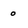
Character: 0